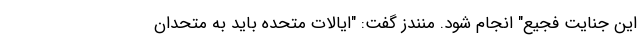
این جنایت فجیع" انجام شود. منندز گفت: "ایالات متحده باید به متحدان